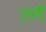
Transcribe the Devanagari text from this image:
लगैं